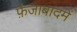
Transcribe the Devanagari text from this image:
फ़ैजाबादमें